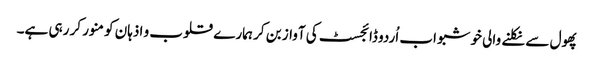
پھول سے نکلنے والی خوشبو اب اُردو ڈائجسٹ کی آواز بن کر ہمارے قلوب و اذہان کو منور کر رہی ہے۔